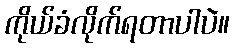
ကိုယ်ခံလိုက်ရတာပါပဲ။